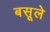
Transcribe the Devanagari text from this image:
बसूले